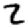
Digit: 2